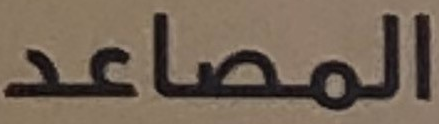
المصاعد